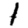
Digit: 1